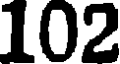
102